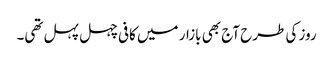
روز کی طرح آج بھی بازار میں کافی چہل پہل تھی۔